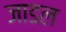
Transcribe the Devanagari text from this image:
जाडल